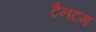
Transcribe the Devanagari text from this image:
टैनटम